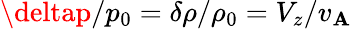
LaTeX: \deltap/p_{0}=\delta\rho/\rho_{0}=V_{z}/v_{\mathbf{A}}